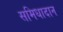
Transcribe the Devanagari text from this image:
समिधादान